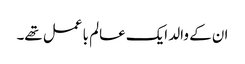
ان کے والد ایک عالم با عمل تھے۔